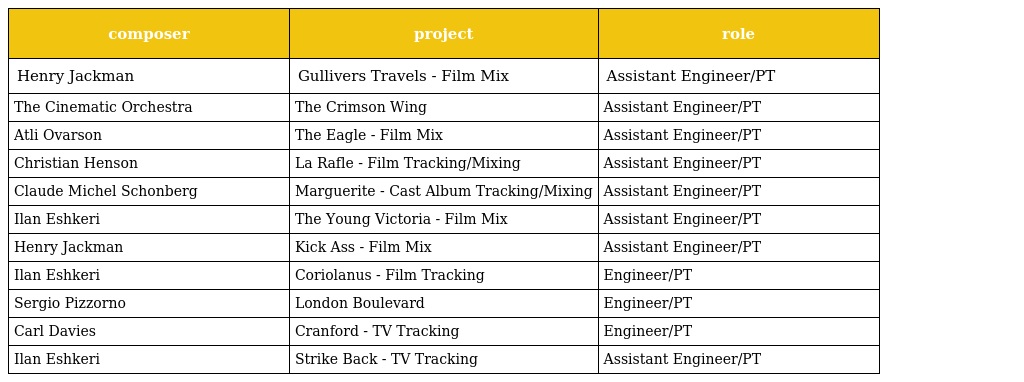
| composer | project | role |
 | --- | --- | --- |
 | Henry Jackman | Gullivers Travels - Film Mix | Assistant Engineer/PT |
 | The Cinematic Orchestra | The Crimson Wing | Assistant Engineer/PT |
 | Atli Ovarson | The Eagle - Film Mix | Assistant Engineer/PT |
 | Christian Henson | La Rafle - Film Tracking/Mixing | Assistant Engineer/PT |
 | Claude Michel Schonberg | Marguerite - Cast Album Tracking/Mixing | Assistant Engineer/PT |
 | Ilan Eshkeri | The Young Victoria - Film Mix | Assistant Engineer/PT |
 | Henry Jackman | Kick Ass - Film Mix | Assistant Engineer/PT |
 | Ilan Eshkeri | Coriolanus - Film Tracking | Engineer/PT |
 | Sergio Pizzorno | London Boulevard | Engineer/PT |
 | Carl Davies | Cranford - TV Tracking | Engineer/PT |
 | Ilan Eshkeri | Strike Back - TV Tracking | Assistant Engineer/PT |